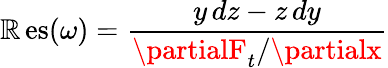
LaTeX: \operatorname{\mathbb{R}es}(\omega)={\frac{{y\, dz-z\, dy}}{{\partialF_{t}/\partialx}}}